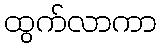
ထွက်လာကာ